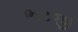
ભટજી